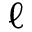
\ell